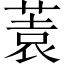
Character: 𱾂